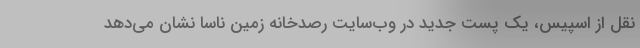
نقل از اسپیس، یک پست جدید در وب‌سایت رصدخانه زمین ناسا نشان می‌دهد